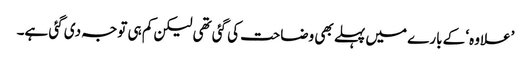
’علاوہ‘ کے بارے میں پہلے بھی وضاحت کی گئی تھی لیکن کم ہی توجہ دی گئی ہے۔